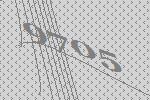
9705